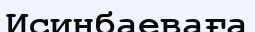
Исинбаеваға